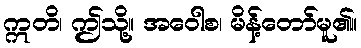
ဣတိ၊ ဤသို့။ အဝေါစ၊ မိန့်တော်မူ၏။